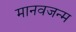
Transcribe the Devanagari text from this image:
मानवजन्म